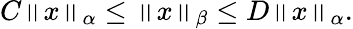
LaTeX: C\left\| x\right\| _{\alpha}\leq\left\| x\right\| _{\beta}\leq D\left\| x\right\| _{\alpha}.